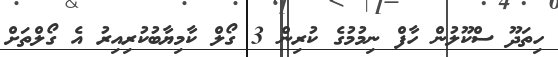
ހިތަދޫ ސްކޫލުން ހާފް ނިމުމުގެ ކުރިން 3 ގޯލް ކާމިޔާބުކުރިއިރު އެ ގޯލްތަށް